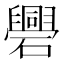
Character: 𥗑